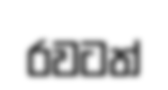
රවටත්